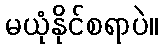
မယုံနိုင်စရာပဲ။